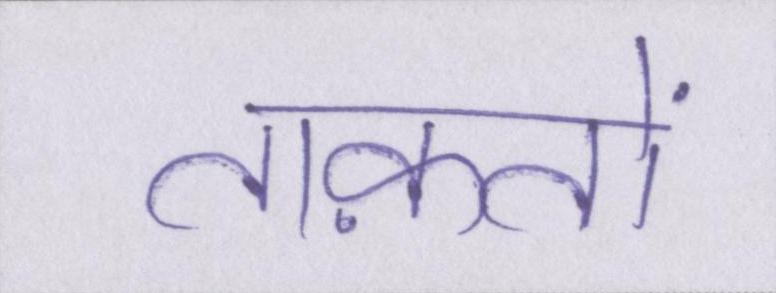
ताक़तों